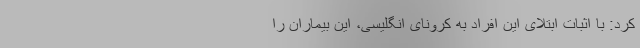
کرد: با اثبات ابتلای این افراد به کرونای انگلیسی، این بیماران را